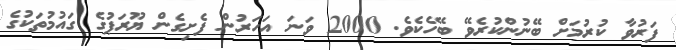
ފަރުވާ ކުރުމަށް ބޭނުންކުރެވޭ ބޭހެކެވެ. 2000 ވަނަ އަހަރުން ފެށިގެން ޔޫރަޕުގެ ގައުމުތަކުގެ